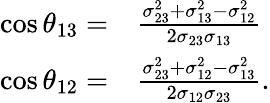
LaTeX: \begin{array}{rl}{\cos\theta_{13}=}&{\frac{\sigma_{23}^{2}+\sigma_{13}^{2}-\sigma_{12}^{2}}{2\sigma_{23}\sigma_{13}}}\\ {\cos\theta_{12}=}&{\frac{\sigma_{23}^{2}+\sigma_{12}^{2}-\sigma_{13}^{2}}{2\sigma_{12}\sigma_{23}}\mathrm{.}}\end{array}